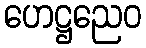
ဟေဋ္ဌညေဝ